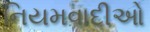
નિયમવાદીઓ